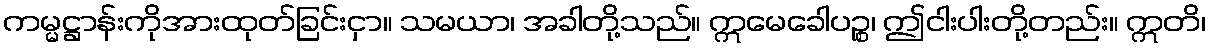
ကမ္မဋ္ဌာန်းကိုအားထုတ်ခြင်းငှာ။ သမယာ၊ အခါတို့သည်။ ဣမေခေါပဉ္စ၊ ဤငါးပါးတို့တည်း။ ဣတိ၊